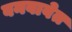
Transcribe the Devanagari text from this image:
बनवावेत